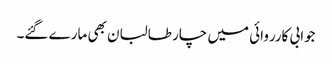
جوابی کارروائی میں چار طالبان بھی مارے گئے۔